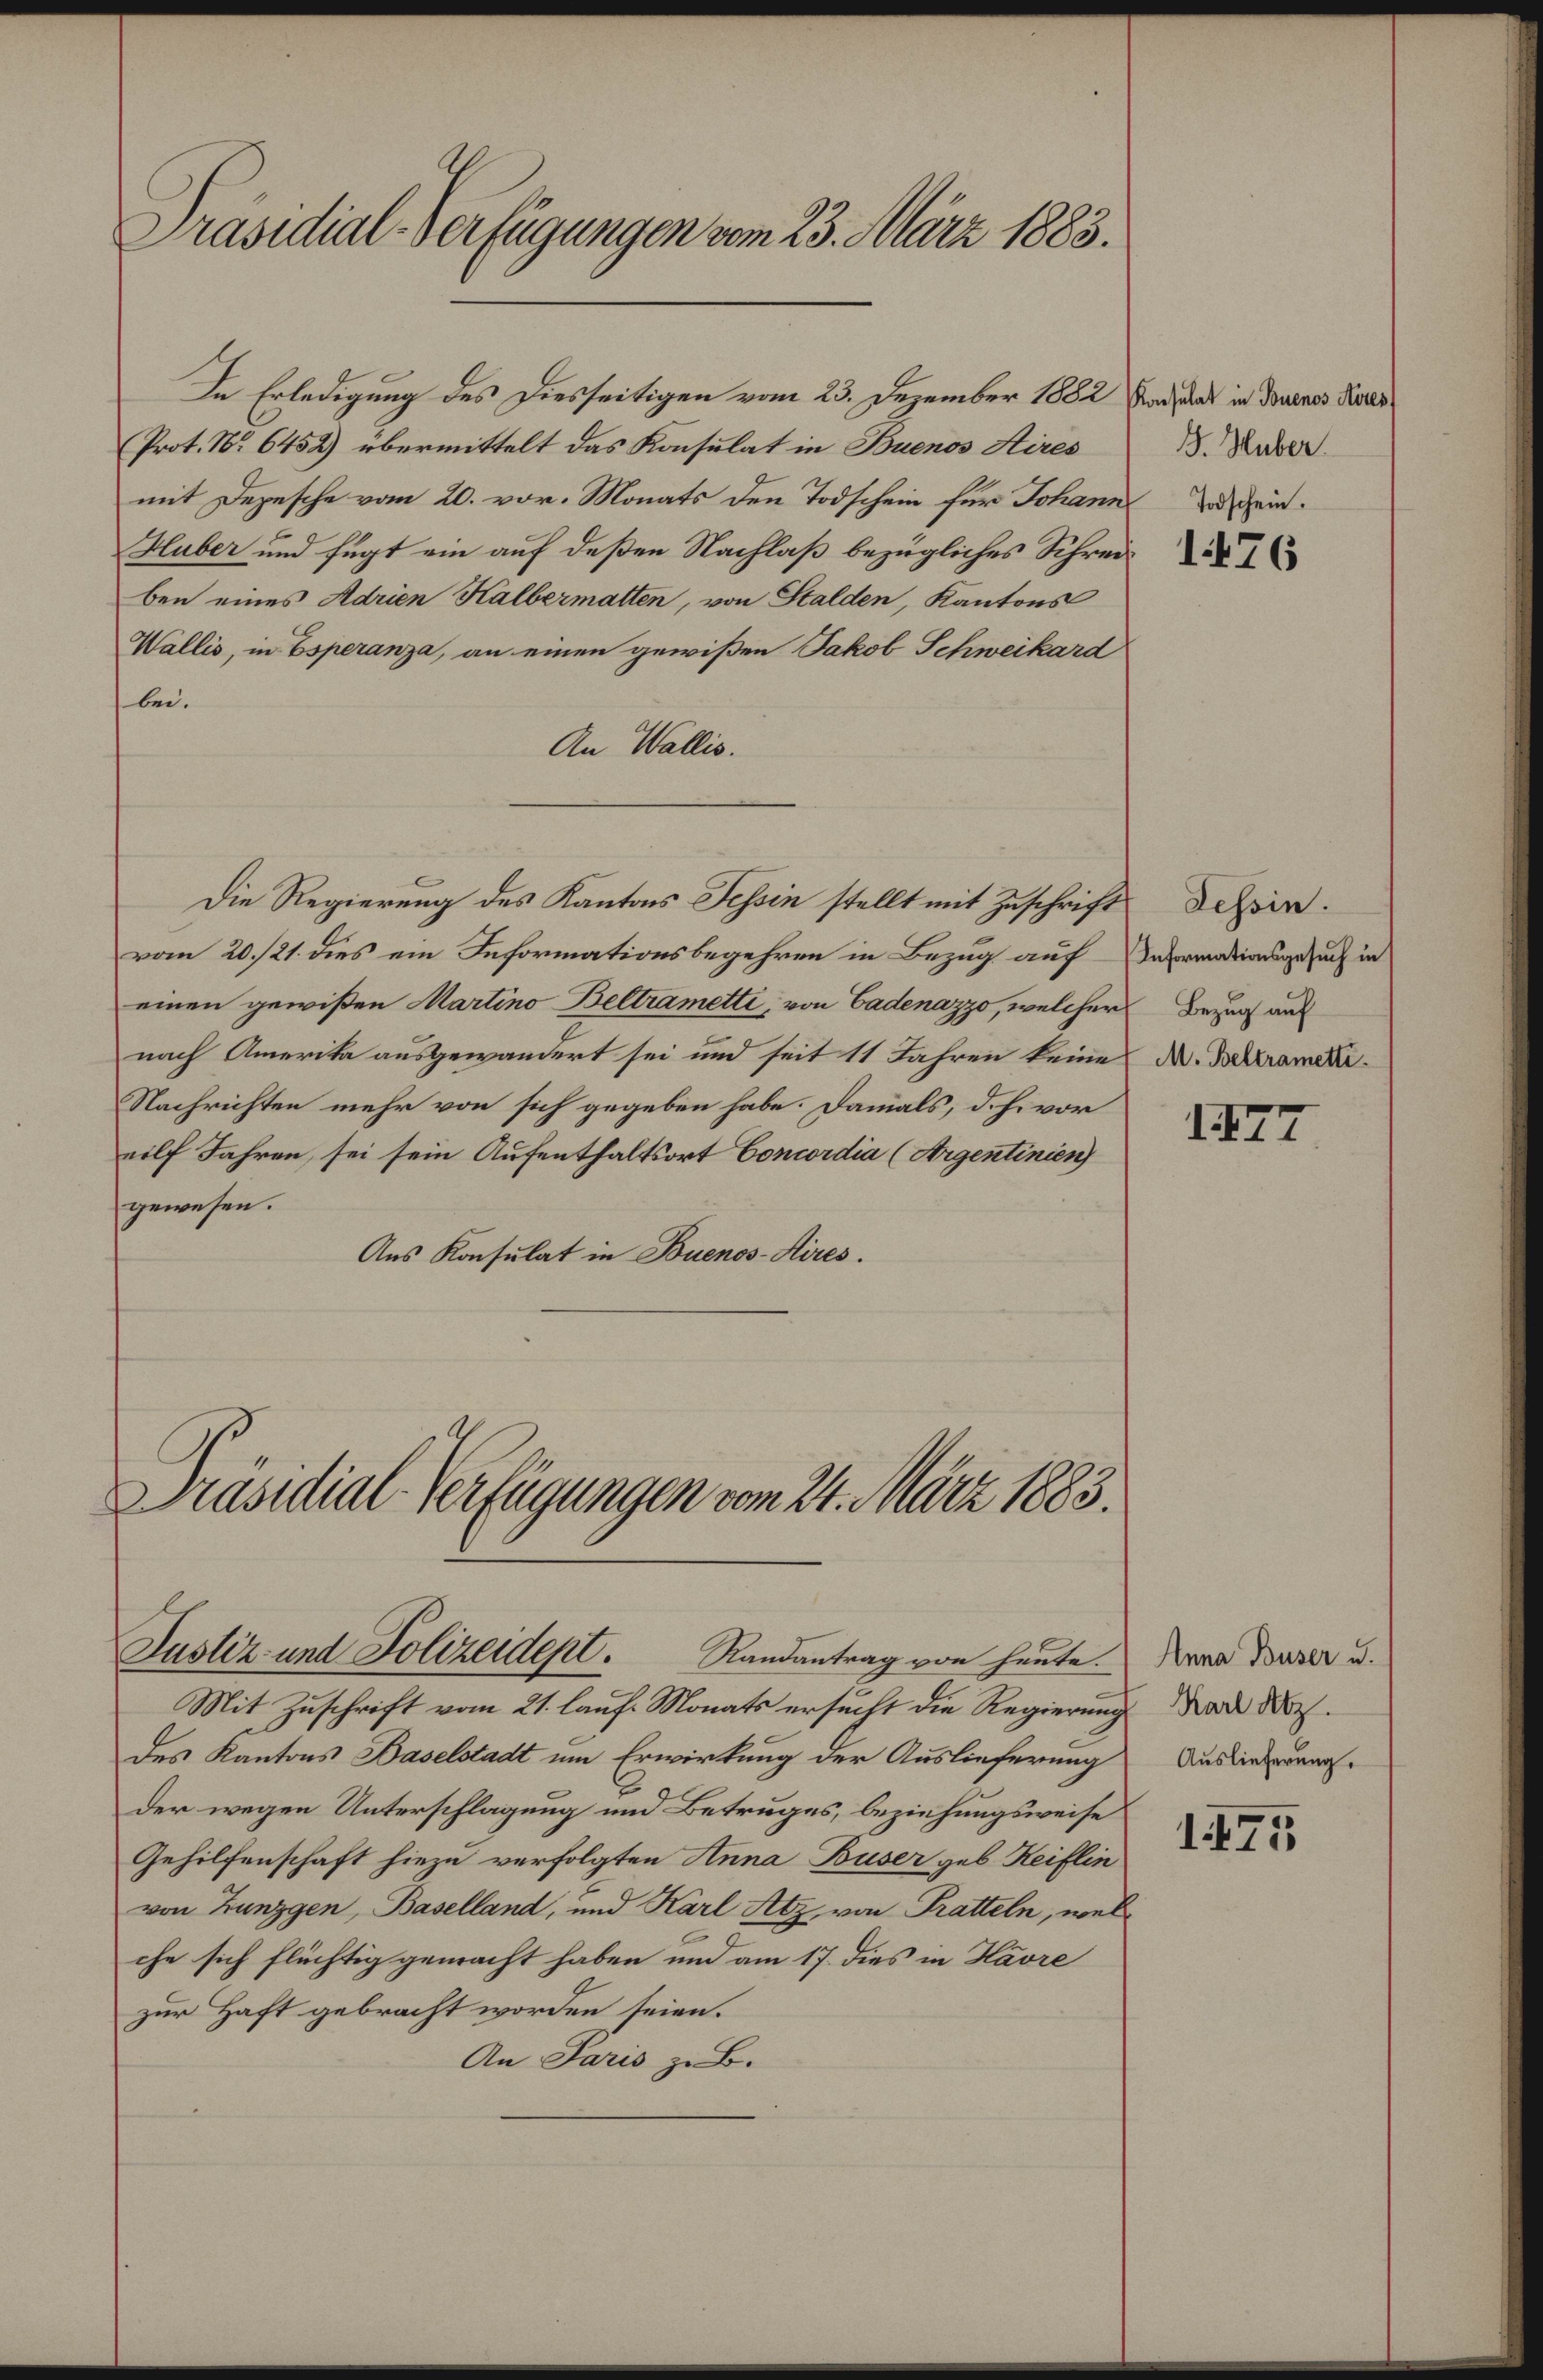
Präsidial-Verfügungen vom 23. März 1883.

Prot. No 6452) übermittelt das Konsulat in Buenos Aires
mit Depesche vom 20. vor. Monats den Todschein für Johann
Huber und fügt ein auf deßen Nachlaß bezügliches Schreiben eines Adrien Halbermatten, von Stalden, Kantons
Wallis, in Esperanza, an einen gewißen Jakob Schweikard
bei.
An Wallis.
Die Regierung des Kantons Tessin stellt mit Zuschrift
vom 20./21. dies ein Informationsbegehren in Bezug auf Informationsgesuch in
einen gewißen Martino Beltrametti, von Badenazzo, welcher
nach Amerika ausgewandert sei und seit 11 Jahren keine
Nachrichten mehr von sich gegeben habe. Damals, d. h. vor
eilf Jahren, sei sein Aufenthaltsort Concordia (Argentinien
gewesen.
Aus Konsulat in Buenos-Aires.

In Erledigung des Diesseitigen vom 23. Dezember 1882 Fadent in Douanes Praes

Präsidial-Verfügungen vom 24. März 1883.
Justiz- und Polizeidept. Randantrag von heute.

Mit Zuschrift vom 21. lauf. Monats ersucht die Regierung an der¬
Des Kantons Baselstadt um Erwirkung der Auslieferung
der wegen Unterschlagung und Betruges, beziehungsweise
Gehilfenschaft hiezu verfolgten Anna Buser geb. Reiflin
von Zunzgen, Baselland, und Karl Atz, von Tratteln, wel
che sich flüchtig gemacht haben und am 17. dies in Havre
zur Haft gebracht worden seien.
An Paris zu B.

B. Huber
Todschein.

1476

Tessin.
Bezug auf
M. Beltrametti.

II7

Anna Buser u.
Auslieferung.

175